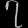
Digit: ၇